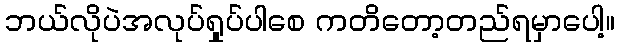
ဘယ်လိုပဲအလုပ်ရှုပ်ပါစေ ကတိတော့တည်ရမှာပေါ့။